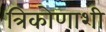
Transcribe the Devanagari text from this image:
त्रिकोणाशी